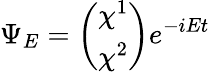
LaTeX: \Psi_{E}=\left(\begin{array}{c}{{\chi^{1}}}\\ {{\chi^{2}}}\end{array}\right)e^{-iEt}